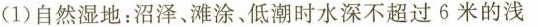
(1)自然湿地：沼泽、滩涂、低潮时水深不超过6米的浅